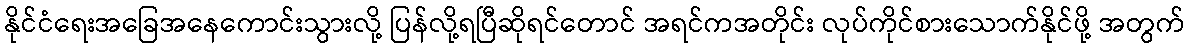
နိုင်ငံရေးအခြေအနေကောင်းသွားလို့ ပြန်လို့ရပြီဆိုရင်တောင် အရင်ကအတိုင်း လုပ်ကိုင်စားသောက်နိုင်ဖို့ အတွက်